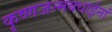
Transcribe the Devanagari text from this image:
कृष्णजन्मबधाईनां